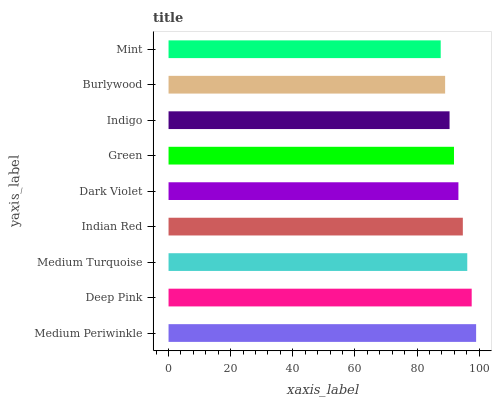
| yaxis_label | bars |
 | --- | --- |
 | Medium Periwinkle | 99 |
 | Deep Pink | 97.6 |
 | Medium Turquoise | 96.2 |
 | Indian Red | 94.7 |
 | Dark Violet | 93.3 |
 | Green | 91.9 |
 | Indigo | 90.5 |
 | Burlywood | 89 |
 | Mint | 87.6 |